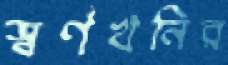
স্বর্ণখনির